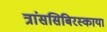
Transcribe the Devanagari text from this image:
त्रांससिबिरस्काया